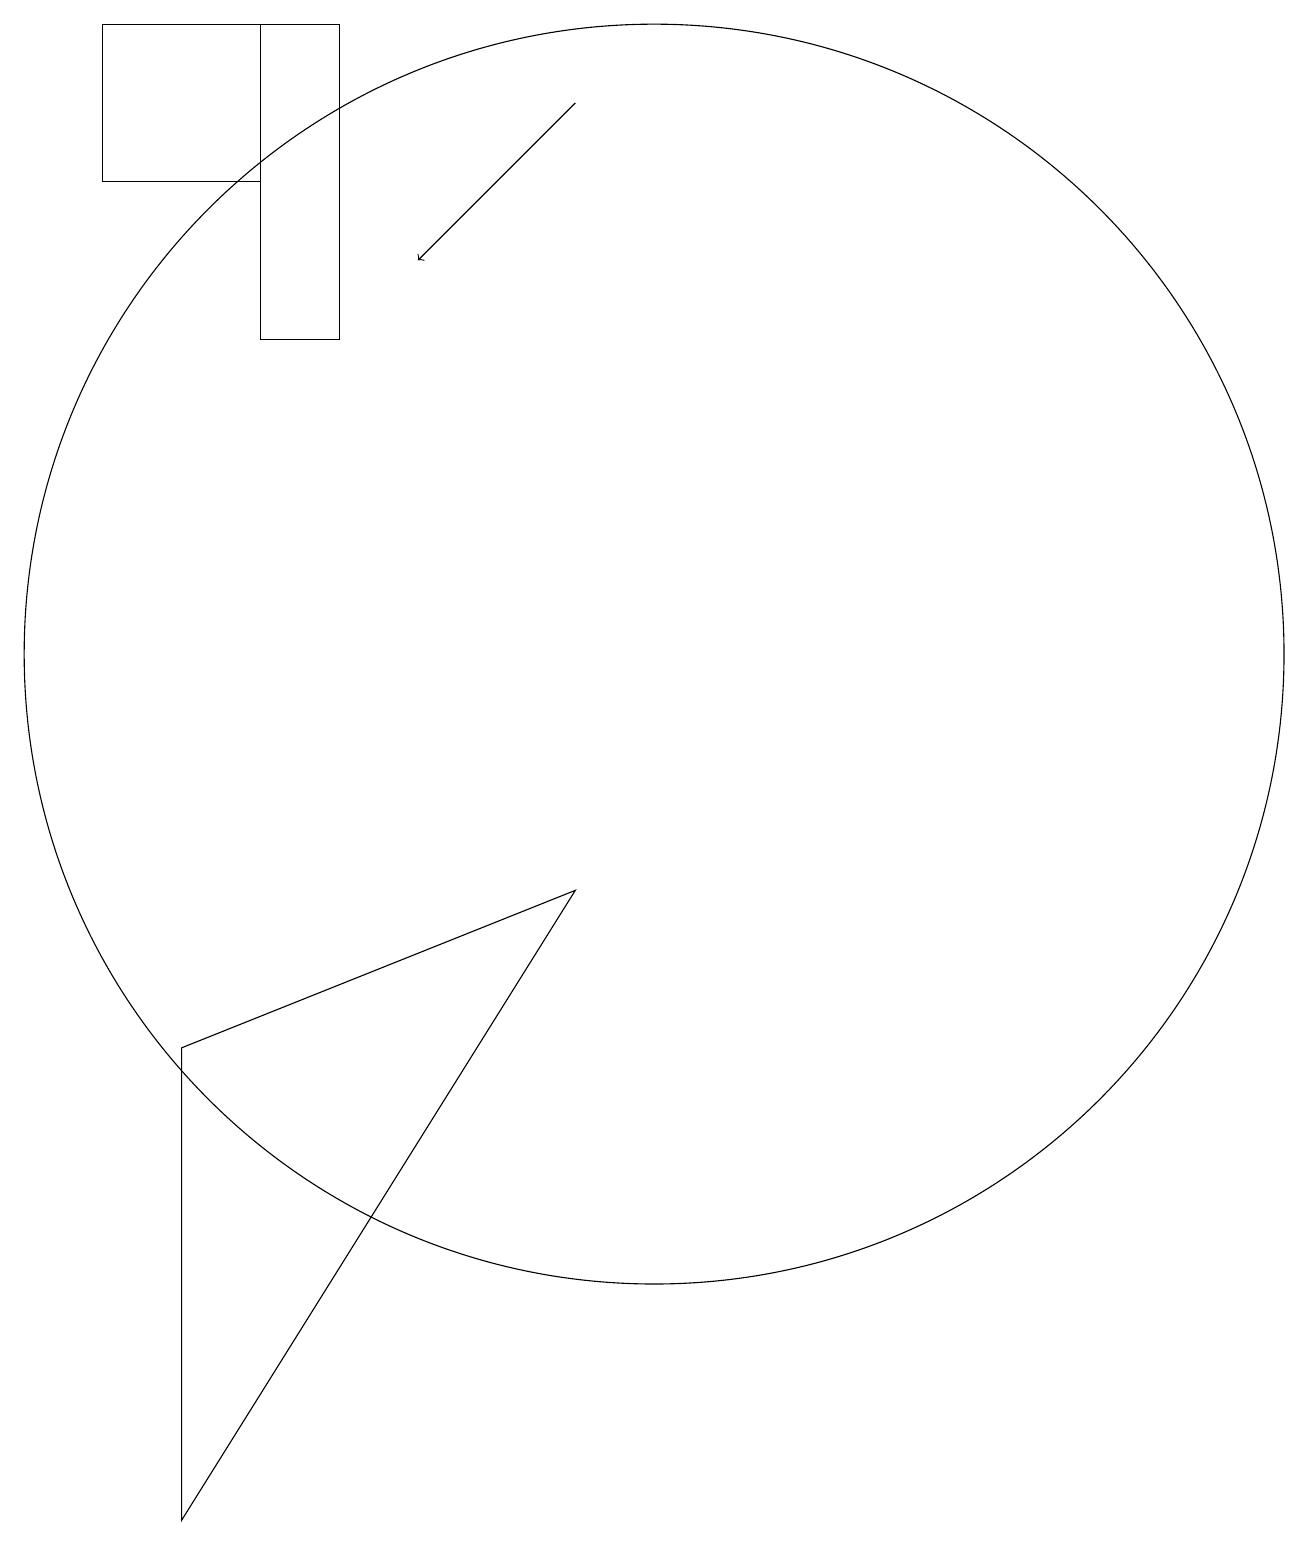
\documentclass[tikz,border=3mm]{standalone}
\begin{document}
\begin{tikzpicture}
\draw (5,19) rectangle (6,15);
\draw[->] (9,18) -- (7,16);
\draw (5,19) rectangle (3,17);
\draw (4,6) -- (4,0) -- (9,8) -- cycle;
\draw (10,11) circle (8);
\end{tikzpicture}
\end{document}